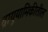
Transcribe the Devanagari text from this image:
द्रायुयामिकीतील